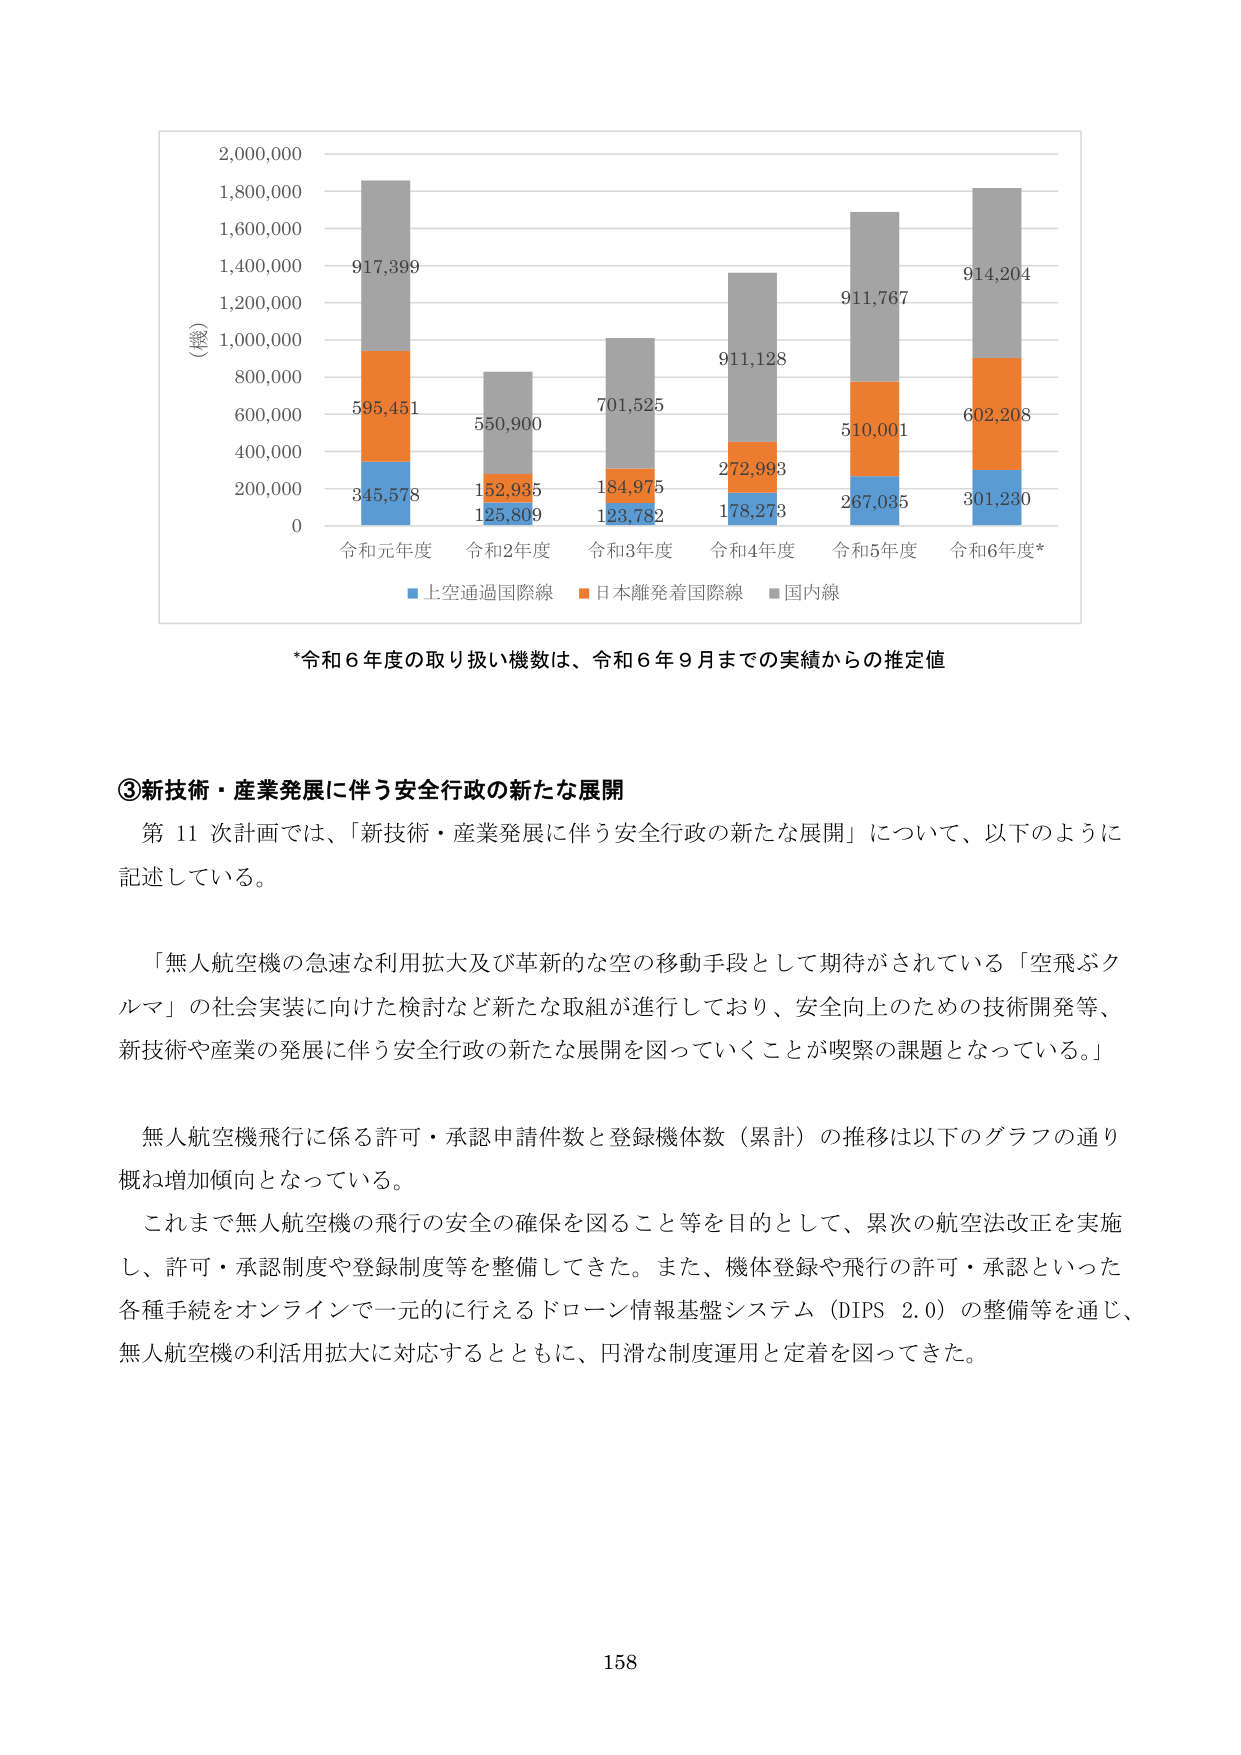
2,000,000
1,800,000
1,600,000
1,400,000
1,200,000
1,000,000
800,000
600,000
400,000
200,000
0
（機）
917,399
595,451
345,578
550,900
152,935
125,809
701,525
184,975
123,782
911,128
272,993
178,273
911,767
510,001
267,035
914,204
602,208
301,230
令和元年度
令和2年度
令和3年度
令和4年度
令和5年度
令和6年度*
■上空通過国際線
■日本離発着国際線
■国内線
*令和6年度の取り扱い機数は、令和6年9月までの実績からの推定値

③新技術・産業発展に伴う安全行政の新たな展開
第11次計画では、「新技術・産業発展に伴う安全行政の新たな展開」について、以下のように
記述している。

「無人航空機の急速な利用拡大及び革新的な空の移動手段として期待がされている「空飛ぶク
ルマ」の社会実装に向けた検討など新たな取組が進行しており、安全向上のための技術開発等、
新技術や産業の発展に伴う安全行政の新たな展開を図っていくことが喫緊の課題となっている。」

無人航空機飛行に係る許可・承認申請件数と登録機体数（累計）の推移は以下のグラフの通り
概ね増加傾向となっている。
これまで無人航空機の飛行の安全の確保を図ること等を目的として、累次の航空法改正を実施
し、許可・承認制度や登録制度等を整備してきた。また、機体登録や飛行の許可・承認といった
各種手続をオンラインで一元的に行えるドローン情報基盤システム（DIPS 2.0）の整備等を通じ、
無人航空機の利活用拡大に対応するとともに、円滑な制度運用と定着を図ってきた。

158